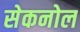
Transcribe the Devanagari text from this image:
सेकनोल